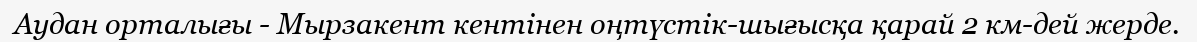
Аудан орталығы - Мырзакент кентінен оңтүстік-шығысқа қарай 2 км-дей жерде.